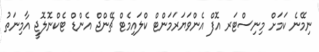
ނިމޭނެ ކަމަށް މިނިސްޓަރ އޮފް އެންވަޔަރަމަންޓް ކްލައިމެޓް ޗޭންޖް އެންޑް ޓެކްނޮލޮޖީ އާމިނަތު